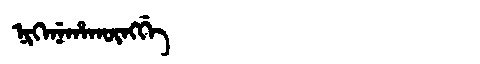
Manchu: ᠨᡳᡴᡝᠨᡝᡥᠠᡴᡡᠩᡤᡝ
Romanization: NIKENEHAKŪNGGE